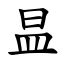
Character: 昷